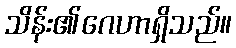
သိန်း၏ဂေဟာရှိသည်။